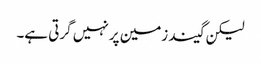
لیکن گیند زمین پر نہیں گرتی ہے۔